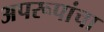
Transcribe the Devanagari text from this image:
अपरूपांचा